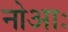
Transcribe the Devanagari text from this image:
नोआः